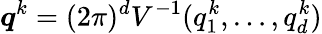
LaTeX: \boldsymbol{q}^{k}={(2\pi)^{d}}V^{-1}(q_{1}^{k},\dots,q_{d}^{k})